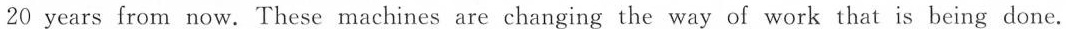
20 years from now. These machines are changing the way of work that is being done.